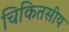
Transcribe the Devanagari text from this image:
चिकितसीय